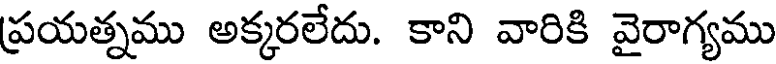
ప్రయత్నము అక్కరలేదు. కాని వారికి వైరాగ్యము